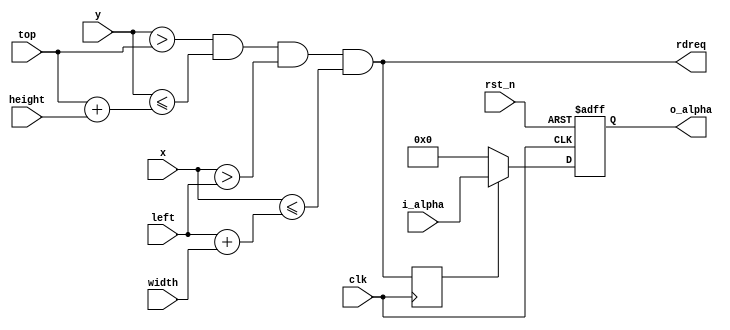
/*******************************************************/
/****                                                  */
/****	*****/
/****                                                  */
/*******************************************************/
/*topleftwidthheightalpha

*/
module layer_rdreq_gen(
	input rst_n,               /**/
	input clk,                 /**/
	input[11:0] top,           /**/
	input[11:0] left,          /**/
	input[11:0] width,         /**/
	input[11:0] height,        /**/
	input[11:0] x,             /**/
	input[11:0] y,             /**/
	input[7:0] i_alpha,        /*alpha*/
	output reg[7:0] o_alpha,   /*alpha*/
	output rdreq               /**/
);
//alpha2
reg rdreq_d0;
/**/
assign rdreq = (y > top) && (y <= top + height) && (x > left) && (x <= left + width);
always@(posedge clk)
begin
	rdreq_d0 <= rdreq;
end
/*alphaalpha0*/
always@(posedge clk or negedge rst_n)
begin
	if(~rst_n)
		o_alpha <= 8'd0;
	else if(rdreq_d0)
		o_alpha <= i_alpha;
	else
		o_alpha <= 8'd0;
end
endmodule